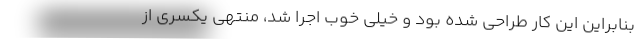
بنابراین این کار طراحی شده بود و خیلی خوب اجرا شد، منتهی یکسری از